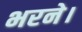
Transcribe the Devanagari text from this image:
भरने।